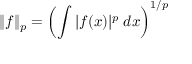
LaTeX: \| f \| _ { p } = \left( \int | f ( x ) | ^ { p } \; d x \right) ^ { 1 / p }